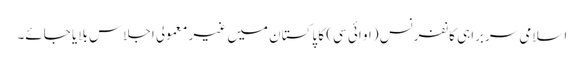
اسلامی سربراہی کانفرنس (او ائی سی) کا پاکستان میں غیر معمولی اجلاس بلایا جائے۔